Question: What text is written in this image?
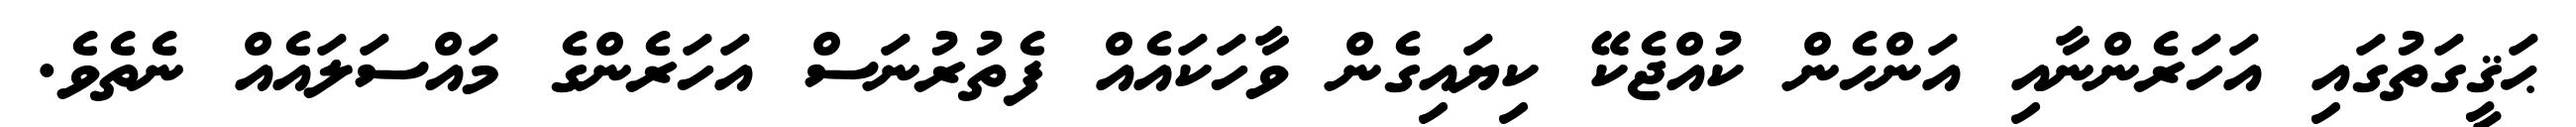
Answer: ޙަޤީގަތުގައި އަހަރެންނާއި އަންހެން ކުއްޖެކޭ ކިޔައިގެން ވާހަކައެއް ފެތުރުނަސް އަހަރެންގެ މައްސަލައެއް ނެތެވެ.